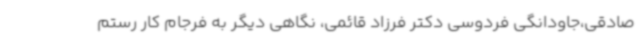
صادقی،جاودانگی فردوسی دکتر فرزاد قائمی، نگاهی دیگر به فرجام کار رستم